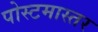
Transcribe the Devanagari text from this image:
पोस्टमास्तर